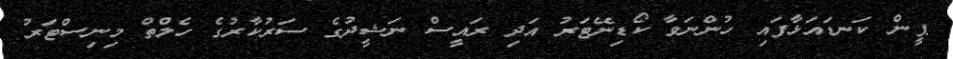
ޕީން ކަނޑައަޅާފައި ހުންނަވާ ކޯޑިނޭޓަރު އަދި ރައީސް ނަޝީދުގެ ސަރުކާރުގެ ހެލްތް މިނިސްޓަރު